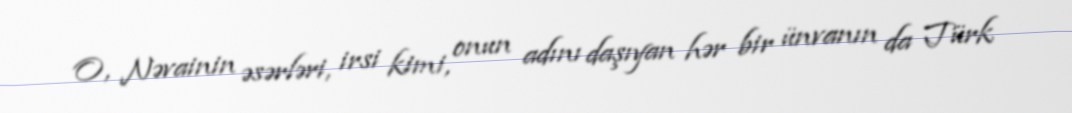
O, Nəvainin əsərləri, irsi kimi, onun adını daşıyan hər bir ünvanın da Türk